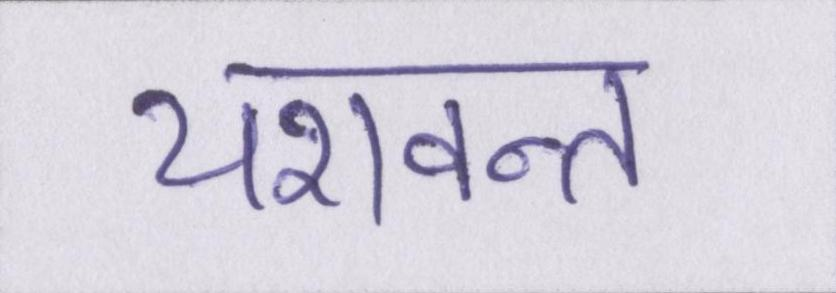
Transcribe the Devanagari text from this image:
यशवन्त